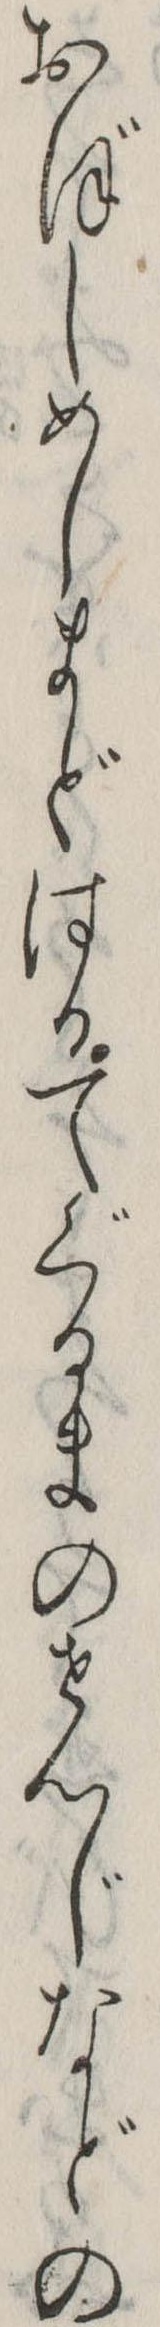
おぼしめしまどはるてぐるまのせんじなどの